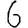
Digit: 6